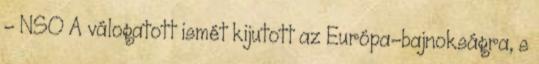
- NSO A válogatott ismét kijutott az Európa-bajnokságra, s